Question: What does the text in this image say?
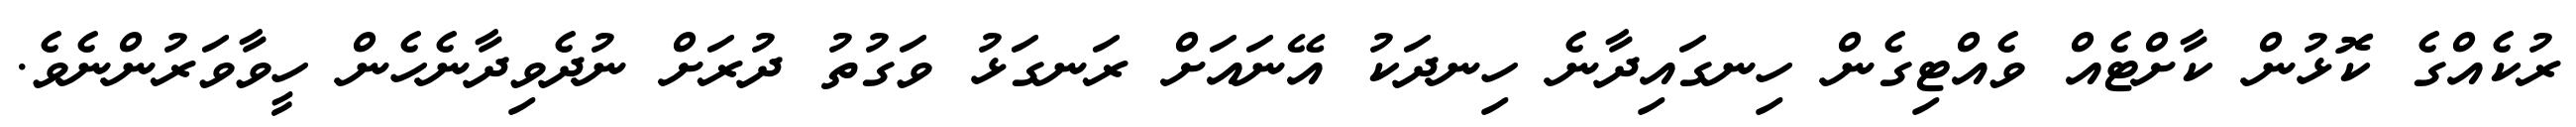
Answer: ރުކެއްގެ ކޮޅުން ކާށްޓެއް ވެއްޓިގެން ހިނގައިދާނެ ހިނދަކު އޭނައަށް ރަނގަޅު ވަގުތު ދުރަށް ނުދެވިދާނެހެން ހީވާވަރުންނެވެ.